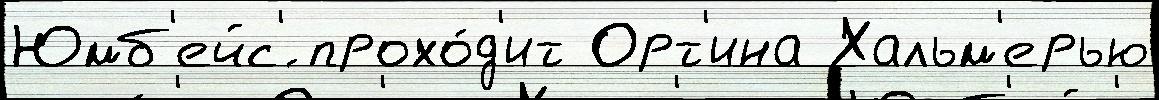
Юмб'ейс'́ прохо́д'ит Орт'ина Хальм'ерью